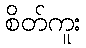
စိတ်ကူး